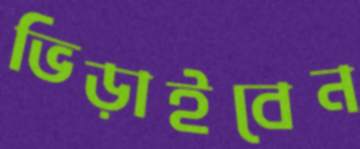
ভিড়াইবেন